Mental hospitals Bombay report 1921-28 - 1921-1928
Year: 1921
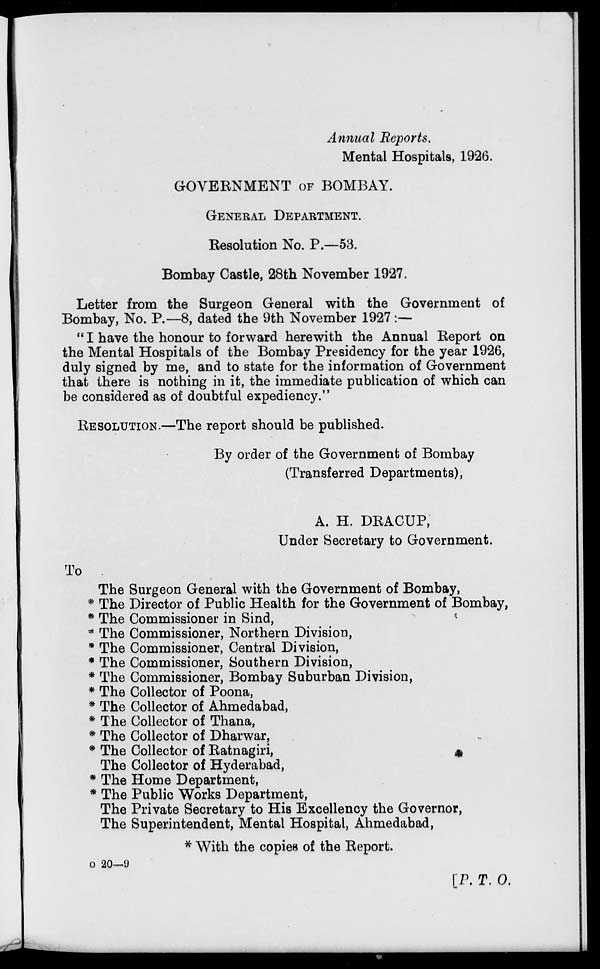
Annual Reports.
Mental Hospitals, 1926.
GOVERNMENT OF BOMBAY.
GENERAL DEPARTMENT.
Resolution No. P.—53.
Bombay Castle, 28th November 1927.
Letter from the Surgeon General with the Government of
Bombay, No. P.—8, dated the 9th November 1927 :—
" I have the honour to forward herewith the Annual Report on
the Mental Hospitals of the Bombay Presidency for the year 1926,
duly signed by me, and to state for the information of Government
that there is nothing in it, the immediate publication of which can
be considered as of doubtful expediency."
RESOLUTION.—The report should be published.
By order of the Government of Bombay
(Transferred Departments),
A. H. DRACUP,
Under Secretary to Government.
To
The Surgeon General with the Government of Bombay,
* The Director of Public Health for the Government of Bombay,
* The Commissioner in Sind,
* The Commissioner, Northern Division,
* The Commissioner, Central Division,
* The Commissioner, Southern Division,
* The Commissioner, Bombay Suburban Division,
* The Collector of Poona,
* The Collector of Ahmedabad,
* The Collector of Thana,
* The Collector of Dharwar,
* The Collector of Ratnagiri,
The Collector of Hyderabad,
* The Home Department,
* The Public Works Department,
The Private Secretary to His Excellency the Governor,
The Superintendent, Mental Hospital, Ahmedabad,
* With the copies of the Report.
o 20—9
[P. T. O.